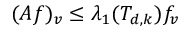
( A f ) _ { v } \leq \lambda _ { 1 } ( T _ { d , k } ) f _ { v }